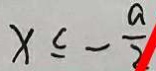
x \leq - \frac { a } { 2 }